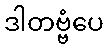
ဒါတဗ္ဗံပေ